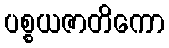
ပစ္စယဇာတိကော